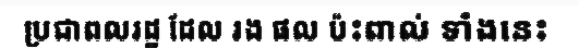
ប្រជាពលរដ្ឋ ដែល រង ផល ប៉ះពាល់ ទាំងនេះ